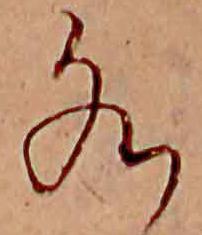
水